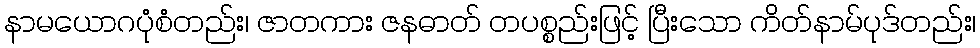
နာမယောဂပုံစံတည်း၊ ဇာတကား ဇနဓာတ် တပစ္စည်းဖြင့် ပြီးသော ကိတ်နာမ်ပုဒ်တည်း၊